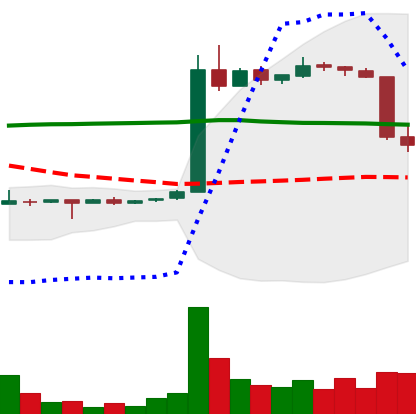
Ticker: LTC-USD
Chart end date: 2015-06-01
Forward return: 8.899%
Label: up_7plus